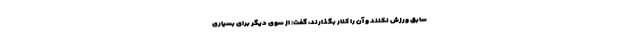
سابق ورزش نکنند و آن را کنار بگذارند، گفت: از سوی دیگر برای بسیاری